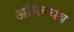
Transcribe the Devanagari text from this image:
अभिव्यव